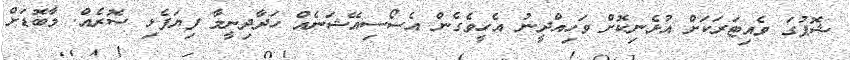
ޝޮޕުގަ ވެއިޓަރަކަށް އުޅެނިކޮށް ވަހިއްދީނު އެހީވެގެން އެސޯސިއޭޝަނެއް ހަދާދިނީމާ ފިޔަފެޅި ސޮރެއް. މާބޮޑަށް